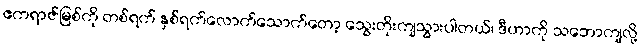
ဧကရာဇ်မြစ်ကို တစ်ရက် နှစ်ရက်လောက်သောက်တော့ သွေးတိုးကျသွားပါတယ်၊ ဒီဟာကို သဘောကျလို့